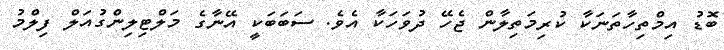
ބޮޑު އިމްތިހާތަނަކާ ކުރިމަތިލާން ޖެހޭ ދުވަހަކާ އެވެ. ސަބަބަކީ އޭނާގެ މަލްޓިލިންގުއަލް ފިލްމު